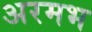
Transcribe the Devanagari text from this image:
अरमभ